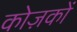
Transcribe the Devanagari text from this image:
कोज़कों